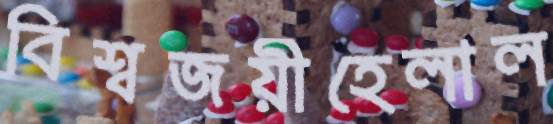
বিশ্বজয়ীহেলাল